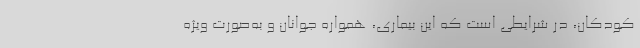
کودکان، در شرایطی است که این بیماری، همواره جوانان و به‌صورت ویژه